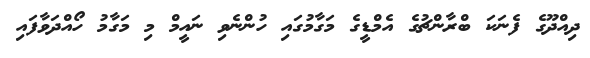
ދިއްދޫގެ ފެނަކަ ބްރާންޗުގެ އެމްޑީގެ މަގާމުގައި ހުންނެވި ނައީމް މި މަގާމު ހޯއްދަވާފައި